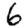
Digit: 6